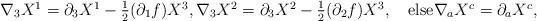
LaTeX: \begin{align*}\textstyle\nabla_3X^1=\partial_3X^1-\frac12(\partial_1f)X^3,\nabla_3X^2=\partial_3X^2-\frac12(\partial_2f)X^3,\quad\mbox{else}\nabla_aX^c=\partial_aX^c,\end{align*}